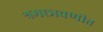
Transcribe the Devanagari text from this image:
श्रमछावणीत